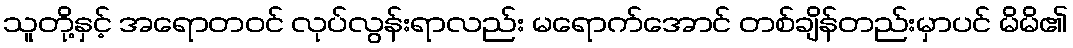
သူတို့နှင့် အရောတဝင် လုပ်လွန်းရာလည်း မရောက်အောင် တစ်ချိန်တည်းမှာပင် မိမိ၏